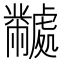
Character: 𬹜